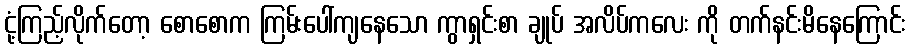
ငုံ့ကြည့်လိုက်တော့ စောစောက ကြမ်းပေါ်ကျနေသော ကွာရှင်းစာ ချုပ် အလိပ်ကလေး ကို တက်နင်းမိနေကြောင်း